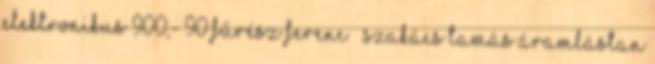
ELEKTRONIKUS 900,- 90 FŰRÉSZ FERENC – SZAKÁCS TAMÁS ÁRAMLÁSTAN